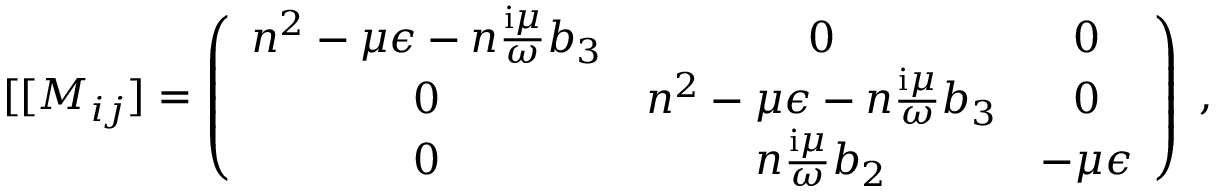
[ \lbrack M _ { i j } ] = \left( \begin{array} { c c c } { n ^ { 2 } - \mu \epsilon - n \frac { \mathrm { i } \mu } { \omega } b _ { 3 } } & { 0 } & { 0 } \\ { 0 } & { n ^ { 2 } - \mu \epsilon - n \frac { \mathrm { i } \mu } { \omega } b _ { 3 } } & { 0 } \\ { 0 } & { n \frac { \mathrm { i } \mu } { \omega } b _ { 2 } } & { - \mu \epsilon } \end{array} \right) \; ,